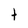
Character: t